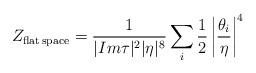
LaTeX: \begin{align*}Z_{\rm flat\, space} = {1\over |Im\tau|^2|\eta |^8}\sum_i{1\over 2}\left|{\theta_i\over\eta}\right|^4\end{align*}